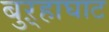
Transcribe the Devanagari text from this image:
बुऱ्हाघाट